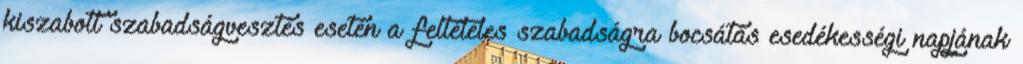
kiszabott szabadságvesztés esetén a feltételes szabadságra bocsátás esedékességi napjának